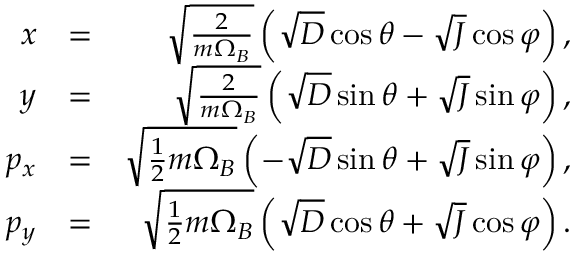
\begin{array} { r l r } { x } & { = } & { \sqrt { \frac { 2 } { m \Omega _ { B } } } \left( \sqrt { D } \cos \theta - \sqrt { J } \cos \varphi \right) , } \\ { y } & { = } & { \sqrt { \frac { 2 } { m \Omega _ { B } } } \left( \sqrt { D } \sin \theta + \sqrt { J } \sin \varphi \right) , } \\ { p _ { x } } & { = } & { \sqrt { \frac { 1 } { 2 } m \Omega _ { B } } \left( - \sqrt { D } \sin \theta + \sqrt { J } \sin \varphi \right) , } \\ { p _ { y } } & { = } & { \sqrt { \frac { 1 } { 2 } m \Omega _ { B } } \left( \sqrt { D } \cos \theta + \sqrt { J } \cos \varphi \right) . } \end{array}